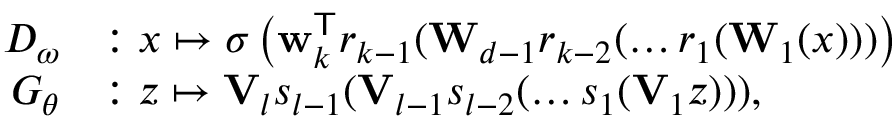
\begin{array} { r l } { D _ { \omega } } & { : x \mapsto \sigma \left( \mathbf { w } _ { k } ^ { \mathsf { T } } r _ { k - 1 } ( \mathbf { W } _ { d - 1 } r _ { k - 2 } ( \dots r _ { 1 } ( \mathbf { W } _ { 1 } ( x ) ) ) \right) \, } \\ { G _ { \theta } } & { : z \mapsto \mathbf { V } _ { l } s _ { l - 1 } ( \mathbf { V } _ { l - 1 } s _ { l - 2 } ( \dots s _ { 1 } ( \mathbf { V } _ { 1 } z ) ) ) , } \end{array}